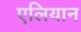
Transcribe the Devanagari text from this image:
एलियान